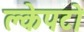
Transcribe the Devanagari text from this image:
क्लेपटो